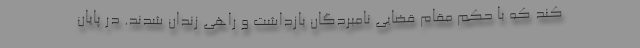
کند که با حکم مقام قضایی نامبردگان بازداشت و راهی زندان شدند. در پایان